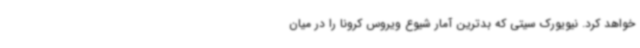
خواهد کرد. نیویورک سیتی که بدترین آمار شیوع ویروس کرونا را در میان